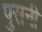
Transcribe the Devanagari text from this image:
पुसनी